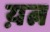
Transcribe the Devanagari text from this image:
य़त्न